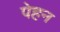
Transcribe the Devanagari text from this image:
पेहन